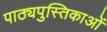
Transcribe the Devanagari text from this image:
पाठ्यपुस्तिकाओं